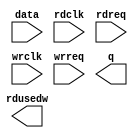
// megafunction wizard: %FIFO%VBB%
// GENERATION: STANDARD
// VERSION: WM1.0
// MODULE: dcfifo 

// ============================================================
// Megafunction Name(s):
// 			dcfifo
//
// Simulation Library Files(s):
// 			
// ============================================================
// ************************************************************
// THIS IS A WIZARD-GENERATED FILE. DO NOT EDIT THIS FILE!
//
// 20.1.1 Build 720 11/11/2020 SJ Standard Edition
// ************************************************************

//Copyright (C) 2020  Intel Corporation. All rights reserved.
//Your use of Intel Corporation's design tools, logic functions 
//and other software and tools, and any partner logic 
//functions, and any output files from any of the foregoing 
//(including device programming or simulation files), and any 
//associated documentation or information are expressly subject 
//to the terms and conditions of the Intel Program License 
//Subscription Agreement, the Intel Quartus Prime License Agreement,
//the Intel FPGA IP License Agreement, or other applicable license
//agreement, including, without limitation, that your use is for
//the sole purpose of programming logic devices manufactured by
//Intel and sold by Intel or its authorized distributors.  Please
//refer to the applicable agreement for further details, at
//https://fpgasoftware.intel.com/eula.

module mf_cursorfifo (
	data,
	rdclk,
	rdreq,
	wrclk,
	wrreq,
	q,
	rdusedw);

	input	[31:0]  data;
	input	  rdclk;
	input	  rdreq;
	input	  wrclk;
	input	  wrreq;
	output	[31:0]  q;
	output	[8:0]  rdusedw;

endmodule

// ============================================================
// CNX file retrieval info
// ============================================================
// Retrieval info: PRIVATE: AlmostEmpty NUMERIC "0"
// Retrieval info: PRIVATE: AlmostEmptyThr NUMERIC "-1"
// Retrieval info: PRIVATE: AlmostFull NUMERIC "0"
// Retrieval info: PRIVATE: AlmostFullThr NUMERIC "-1"
// Retrieval info: PRIVATE: CLOCKS_ARE_SYNCHRONIZED NUMERIC "0"
// Retrieval info: PRIVATE: Clock NUMERIC "4"
// Retrieval info: PRIVATE: Depth NUMERIC "512"
// Retrieval info: PRIVATE: Empty NUMERIC "1"
// Retrieval info: PRIVATE: Full NUMERIC "1"
// Retrieval info: PRIVATE: INTENDED_DEVICE_FAMILY STRING "Cyclone V"
// Retrieval info: PRIVATE: LE_BasedFIFO NUMERIC "0"
// Retrieval info: PRIVATE: LegacyRREQ NUMERIC "1"
// Retrieval info: PRIVATE: MAX_DEPTH_BY_9 NUMERIC "0"
// Retrieval info: PRIVATE: OVERFLOW_CHECKING NUMERIC "0"
// Retrieval info: PRIVATE: Optimize NUMERIC "2"
// Retrieval info: PRIVATE: RAM_BLOCK_TYPE NUMERIC "0"
// Retrieval info: PRIVATE: SYNTH_WRAPPER_GEN_POSTFIX STRING "0"
// Retrieval info: PRIVATE: UNDERFLOW_CHECKING NUMERIC "0"
// Retrieval info: PRIVATE: UsedW NUMERIC "1"
// Retrieval info: PRIVATE: Width NUMERIC "32"
// Retrieval info: PRIVATE: dc_aclr NUMERIC "0"
// Retrieval info: PRIVATE: diff_widths NUMERIC "0"
// Retrieval info: PRIVATE: msb_usedw NUMERIC "0"
// Retrieval info: PRIVATE: output_width NUMERIC "32"
// Retrieval info: PRIVATE: rsEmpty NUMERIC "0"
// Retrieval info: PRIVATE: rsFull NUMERIC "0"
// Retrieval info: PRIVATE: rsUsedW NUMERIC "1"
// Retrieval info: PRIVATE: sc_aclr NUMERIC "0"
// Retrieval info: PRIVATE: sc_sclr NUMERIC "0"
// Retrieval info: PRIVATE: wsEmpty NUMERIC "0"
// Retrieval info: PRIVATE: wsFull NUMERIC "0"
// Retrieval info: PRIVATE: wsUsedW NUMERIC "0"
// Retrieval info: LIBRARY: altera_mf altera_mf.altera_mf_components.all
// Retrieval info: CONSTANT: INTENDED_DEVICE_FAMILY STRING "Cyclone V"
// Retrieval info: CONSTANT: LPM_NUMWORDS NUMERIC "512"
// Retrieval info: CONSTANT: LPM_SHOWAHEAD STRING "OFF"
// Retrieval info: CONSTANT: LPM_TYPE STRING "dcfifo"
// Retrieval info: CONSTANT: LPM_WIDTH NUMERIC "32"
// Retrieval info: CONSTANT: LPM_WIDTHU NUMERIC "9"
// Retrieval info: CONSTANT: OVERFLOW_CHECKING STRING "ON"
// Retrieval info: CONSTANT: RDSYNC_DELAYPIPE NUMERIC "4"
// Retrieval info: CONSTANT: UNDERFLOW_CHECKING STRING "ON"
// Retrieval info: CONSTANT: USE_EAB STRING "ON"
// Retrieval info: CONSTANT: WRSYNC_DELAYPIPE NUMERIC "4"
// Retrieval info: USED_PORT: data 0 0 32 0 INPUT NODEFVAL "data[31..0]"
// Retrieval info: USED_PORT: q 0 0 32 0 OUTPUT NODEFVAL "q[31..0]"
// Retrieval info: USED_PORT: rdclk 0 0 0 0 INPUT NODEFVAL "rdclk"
// Retrieval info: USED_PORT: rdreq 0 0 0 0 INPUT NODEFVAL "rdreq"
// Retrieval info: USED_PORT: rdusedw 0 0 9 0 OUTPUT NODEFVAL "rdusedw[8..0]"
// Retrieval info: USED_PORT: wrclk 0 0 0 0 INPUT NODEFVAL "wrclk"
// Retrieval info: USED_PORT: wrreq 0 0 0 0 INPUT NODEFVAL "wrreq"
// Retrieval info: CONNECT: @data 0 0 32 0 data 0 0 32 0
// Retrieval info: CONNECT: @rdclk 0 0 0 0 rdclk 0 0 0 0
// Retrieval info: CONNECT: @rdreq 0 0 0 0 rdreq 0 0 0 0
// Retrieval info: CONNECT: @wrclk 0 0 0 0 wrclk 0 0 0 0
// Retrieval info: CONNECT: @wrreq 0 0 0 0 wrreq 0 0 0 0
// Retrieval info: CONNECT: q 0 0 32 0 @q 0 0 32 0
// Retrieval info: CONNECT: rdusedw 0 0 9 0 @rdusedw 0 0 9 0
// Retrieval info: GEN_FILE: TYPE_NORMAL mf_cursorfifo.v TRUE
// Retrieval info: GEN_FILE: TYPE_NORMAL mf_cursorfifo.inc FALSE
// Retrieval info: GEN_FILE: TYPE_NORMAL mf_cursorfifo.cmp FALSE
// Retrieval info: GEN_FILE: TYPE_NORMAL mf_cursorfifo.bsf FALSE
// Retrieval info: GEN_FILE: TYPE_NORMAL mf_cursorfifo_inst.v TRUE
// Retrieval info: GEN_FILE: TYPE_NORMAL mf_cursorfifo_bb.v TRUE